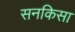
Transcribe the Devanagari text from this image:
सनकिसा